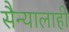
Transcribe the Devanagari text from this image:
सैन्यालाही